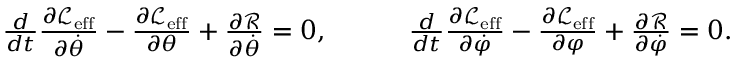
\begin{array} { r } { \frac { d } { d t } \frac { \partial \mathcal { L } _ { \mathrm { e f f } } } { \partial \dot { \theta } } - \frac { \partial \mathcal { L } _ { \mathrm { e f f } } } { \partial \theta } + \frac { \partial \mathcal { R } } { \partial \dot { \theta } } = 0 , \quad \quad \quad \frac { d } { d t } \frac { \partial \mathcal { L } _ { \mathrm { e f f } } } { \partial \dot { \varphi } } - \frac { \partial \mathcal { L } _ { \mathrm { e f f } } } { \partial \varphi } + \frac { \partial \mathcal { R } } { \partial \dot { \varphi } } = 0 . } \end{array}